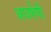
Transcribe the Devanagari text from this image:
अघर्षणी